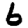
Digit: 6